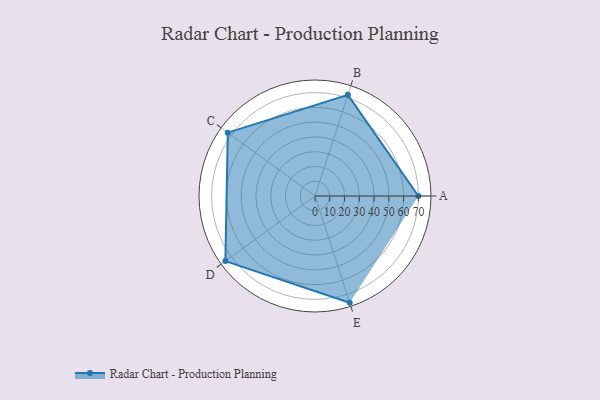
{"axis": {"x": "Skill", "y": "Score"}, "legend": ["Profile"], "data": [{"x": "A", "y": 70.0, "type": "Profile"}, {"x": "B", "y": 72.0, "type": "Profile"}, {"x": "C", "y": 73.0, "type": "Profile"}, {"x": "D", "y": 75.0, "type": "Profile"}, {"x": "E", "y": 76.0, "type": "Profile"}]}